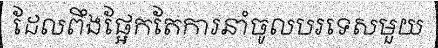
ដែលពឹងផ្អែកតែការនាំចូលបរទេសមួយ